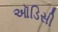
ઑડિસી